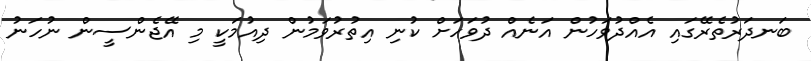
ބަނދަރުތެރޭގައި އެއްދުވަހުން އަނެއް ދުވަހަށް ކުނި އިތުރުވަމުން ދިއުމަކީ މި އޭޖެންސީން ނުހަނު